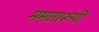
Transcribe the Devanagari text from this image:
ममतारूपी